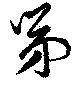
第